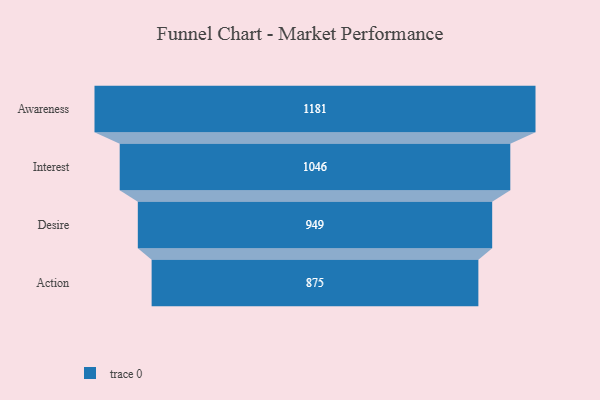
{"axis": {"x": "Stage", "y": "Value"}, "legend": [""], "data": [{"x": "Awareness", "y": 1181.0, "type": ""}, {"x": "Interest", "y": 1046.0, "type": ""}, {"x": "Desire", "y": 949.0, "type": ""}, {"x": "Action", "y": 875.0, "type": ""}]}